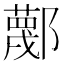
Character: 𲆢